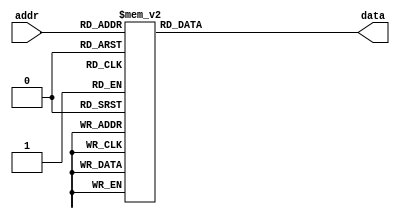
`timescale 1ns / 1ps
//////////////////////////////////////////////////////////////////////////////////
// Company: 
// Engineer: 
// 
// Design Name: 
// Module Name: rom_and
// Project Name: 
// Target Devices: 
// Tool Versions: 
// Description: 
// 
// Dependencies: 
// 
// Revision:
// Revision 0.01 - File Created
// Additional Comments:
// 
//////////////////////////////////////////////////////////////////////////////////


module rom_and(

    input [3:0] addr,
    output reg [1:0] data

    );
    
    always @(*)
    begin
    
        case(addr)
        4'b0000: data = 0;
        4'b0001: data = 0;
        4'b0010: data = 0;
        4'b0011: data = 0;
        
        4'b0100: data = 0;
        4'b0101: data = 1;
        4'b0110: data = 0;
        4'b0111: data = 1;
        
        4'b1000: data = 0;
        4'b1001: data = 0;
        4'b1010: data = 2;
        4'b1011: data = 2;
        
        4'b1100: data = 0;
        4'b1101: data = 1;
        4'b1110: data = 2;
        4'b1111: data = 3;
        
        default: data = 0;
        
        
        endcase
    
    
    
    
    end
    
    
    
endmodule